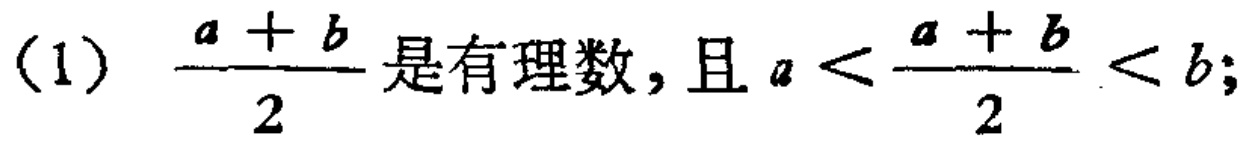
(1) $\frac{a + b}{2}$是有理数，且$a < \frac{a + b}{2} < b$;